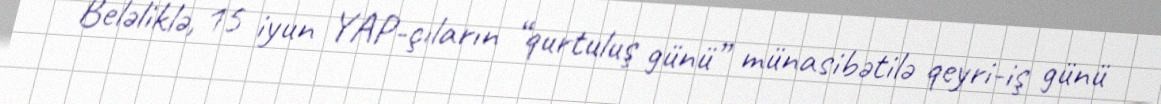
Beləliklə, 15 iyun YAP-çıların “qurtuluş günü” münasibətilə qeyri-iş günü